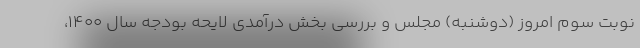
نوبت سوم امروز (دوشنبه) مجلس و بررسی بخش درآمدی لایحه بودجه سال ۱۴۰۰،